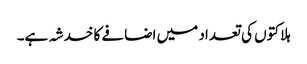
ہلاکتوں کی تعداد میں اضافے کا خدشہ ہے۔